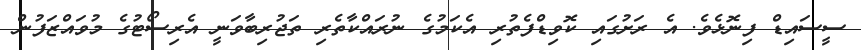
ސީސައިޑް ފިނޮޅެވެ. އެ ރަށުގައި ކޮވިޑްފެތުރި އެކަމުގެ ނުރައްކާތެރި ތަޖުރިބާވަނީ އެރިސޯޓުގެ މުވައްޒަފުން